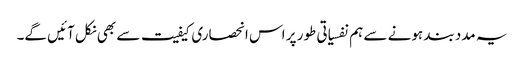
یہ مدد بند ہونے سے ہم نفسیاتی طور پر اس انحصاری کیفیت سے بھی نکل آئیں گے۔